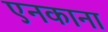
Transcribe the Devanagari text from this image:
एनकाना